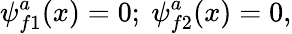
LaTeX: \psi_{f1}^{a}(x)=0;\ \psi_{f2}^{a}(x)=0,